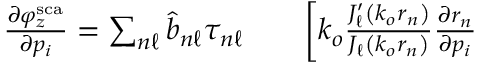
\begin{array} { r l r } { \frac { \partial \varphi _ { z } ^ { \mathrm { s c a } } } { \partial p _ { i } } = \sum _ { n \ell } \hat { b } _ { n \ell } \tau _ { n \ell } } & { { } } & { \bigg [ k _ { o } \frac { J _ { \ell } ^ { \prime } \left( k _ { o } r _ { n } \right) } { J _ { \ell } \left( k _ { o } r _ { n } \right) } \frac { \partial r _ { n } } { \partial p _ { i } } } \end{array}